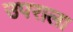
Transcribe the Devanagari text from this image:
उपराला